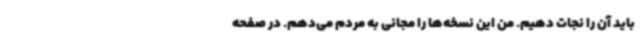
باید آن را نجات دهیم. من این نسخه‌ها را مجانی به مردم می‌دهم. در صفحه